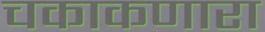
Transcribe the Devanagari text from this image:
चकाकणारा